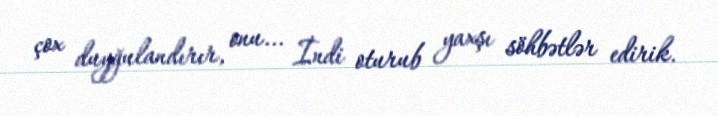
çox duyğulandırır, onu... İndi oturub yaxşı söhbətlər edirik.